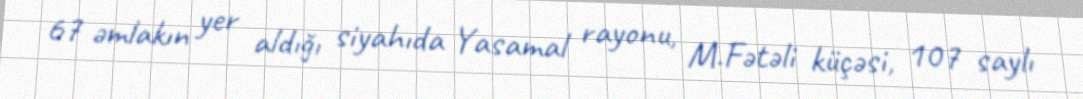
67 əmlakın yer aldığı siyahıda Yasamal rayonu, M.Fətəli küçəsi, 107 saylı